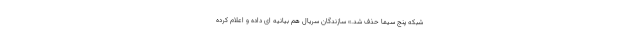
شبکه پنج سیما حذف شد.» سازندگان سریال هم بیانیه ای داده و اعلام کرده